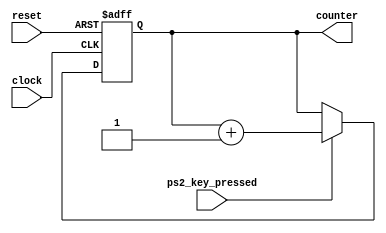
// Count for how many times the keyboard pressed
module pressed_times_cnt(clock, reset, ps2_key_pressed, counter);
	
	///////////////////////////// Port Declarations ///////////////////////////// 
	input 				clock, reset;
	input 				ps2_key_pressed;
	output reg [7:0]  counter;
	
	////////////////////////////// Sequential logic /////////////////////////////
	always @(posedge clock or negedge reset)  
	begin
		if (~reset) 
			counter <= 8'h00;
		else if (ps2_key_pressed)
			counter <= counter + 1'b1;
	end
	
endmodule

// Count for total playing time
module paly_time_cnt(clock, reset, game_status, second_cnt);
	
	///////////////////////////// Port Declarations ///////////////////////////// 
	input 					clock, reset;
	input 		[2:0] 	game_status;
	output reg  [11:0] 	second_cnt;
	
	///////////////// Internal Wires and Registers Declarations /////////////////
	reg [32:0] clock_cnt;
	
	////////////////////////////// Sequential logic /////////////////////////////
	always @(posedge clock or negedge reset)  
	begin
		if (~reset) 
		begin
			clock_cnt <= 8'h00;
			second_cnt <= 8'h00;
		end
		else if (game_status == 2'd2) 
		begin
			if (clock_cnt == 32'd50000000 - 32'd1)
			begin
				clock_cnt <= 8'h00;
				second_cnt <= second_cnt + 1'b1;
			end
			else
				clock_cnt <= clock_cnt + 1'b1;
		end
		else if (game_status == 2'd3)
		begin
			clock_cnt <= 8'h00;
			second_cnt <= second_cnt;
		end
		else
		begin
			clock_cnt <= 8'h00;
			second_cnt <= 8'h00;
		end
	end

endmodule